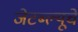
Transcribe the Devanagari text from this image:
जेटब्ल्यूचे